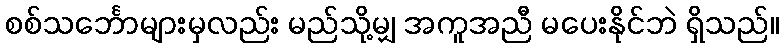
စစ်သင်္ဘောများမှလည်း မည်သို့မျှ အကူအညီ မပေးနိုင်ဘဲ ရှိသည်။